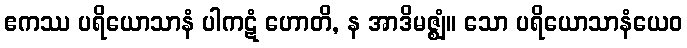
ဧကဿ ပရိယောသာနံ ပါကဋံ ဟောတိ, န အာဒိမဇ္ဈံ။ သော ပရိယောသာနံယေဝ